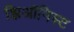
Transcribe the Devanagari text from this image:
झिऑनिस्ट